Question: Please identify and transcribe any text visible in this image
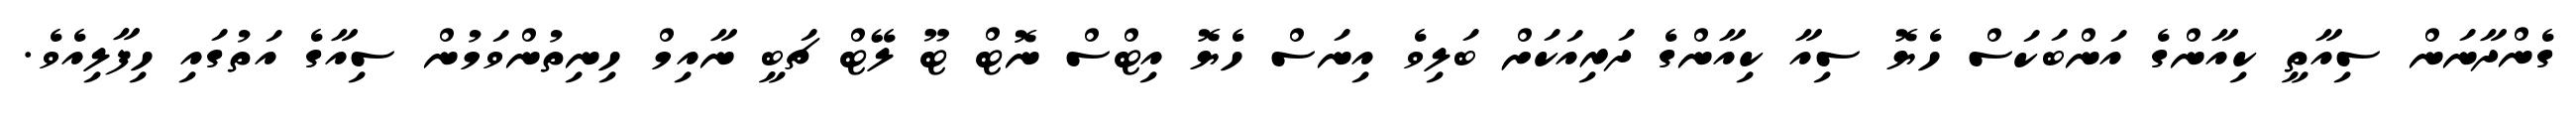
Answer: ގެންދާނަން ސިއާތީ ކިއާންގެ އަންބަކަސް ހެޔޮ ސިއާ ކިއާންގެ ދަރިއަކަށް ބަލިވެ އިނަސް ހެޔޮ އިޓްސް ނޮޓް ޓޫ ލޭޓް ޗަބީ ނާއިމް ހިނިތުންވަމުން ސިއާގެ އަތުގައި ހިފާލިއެވެ.